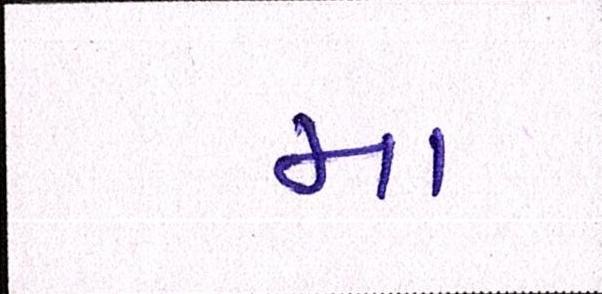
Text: મા